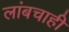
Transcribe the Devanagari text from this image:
लांबचाही